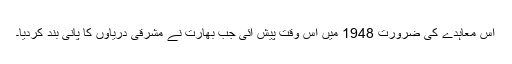
اس معاہدے کی ضرورت 1948 میں اُس وقت پیش آئی جب بھارت نے مشرقی دریاؤں کا پانی بند کردیا۔